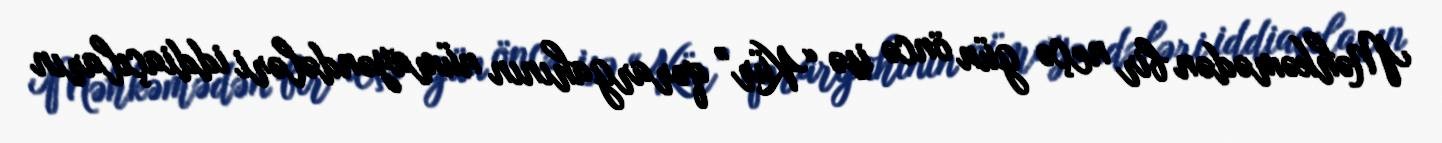
Məhkəmədən bir neçə gün öncə isə “Kür” qərargahının nümayəndələri iddiaçıların